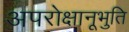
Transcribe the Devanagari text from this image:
अपरोक्षानूभुति